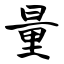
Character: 量